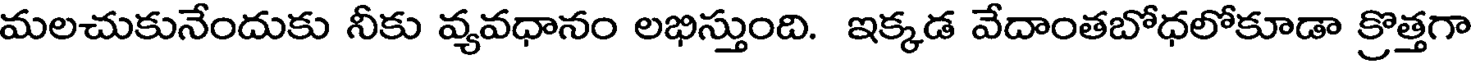
మలచుకునేందుకు నీకు వ్యవధానం లభిస్తుంది. ఇక్కడ వేదాంతబోధలోకూడా క్రొత్తగా